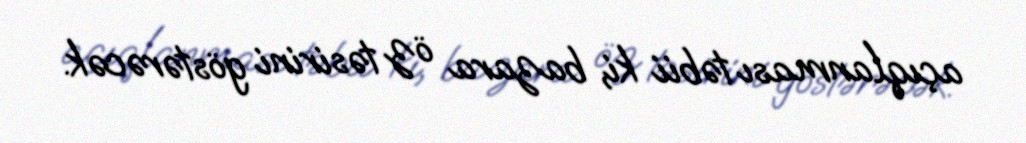
açıqlanması təbii ki, bazara öz təsirini göstərəcək.